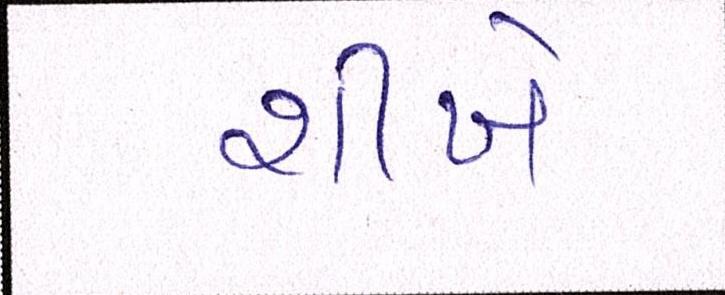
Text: શીખે